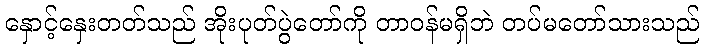
နှောင့်နှေးတတ်သည် အိုးပုတ်ပွဲတော်ကို တာဝန်မရှိဘဲ တပ်မတော်သားသည်